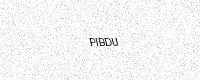
Text: PIBDU